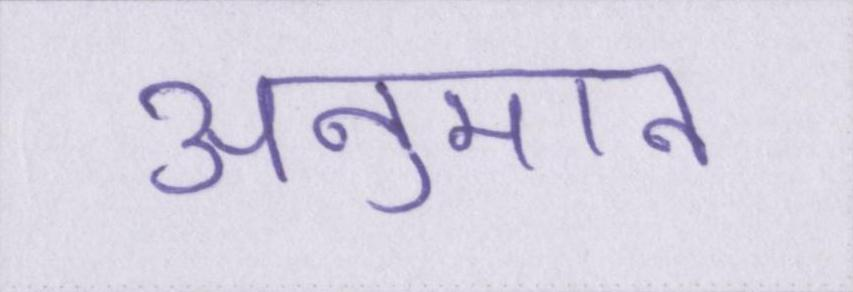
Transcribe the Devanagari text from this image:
अनुमान